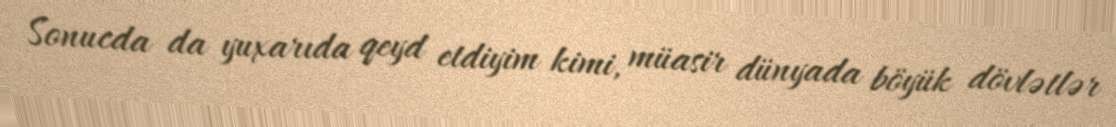
Sonucda da yuxarıda qeyd etdiyim kimi, müasir dünyada böyük dövlətlər